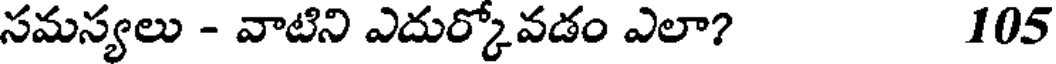
సమస్యలు - వాటిని ఎదుర్కోవడం ఎలా? 105